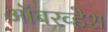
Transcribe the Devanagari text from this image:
ऑबरव्हेश